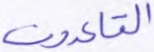
القاعدون